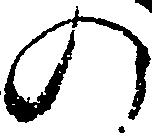
の